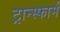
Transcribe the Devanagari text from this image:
ट्रान्स्फार्म